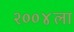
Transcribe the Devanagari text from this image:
२००४ला